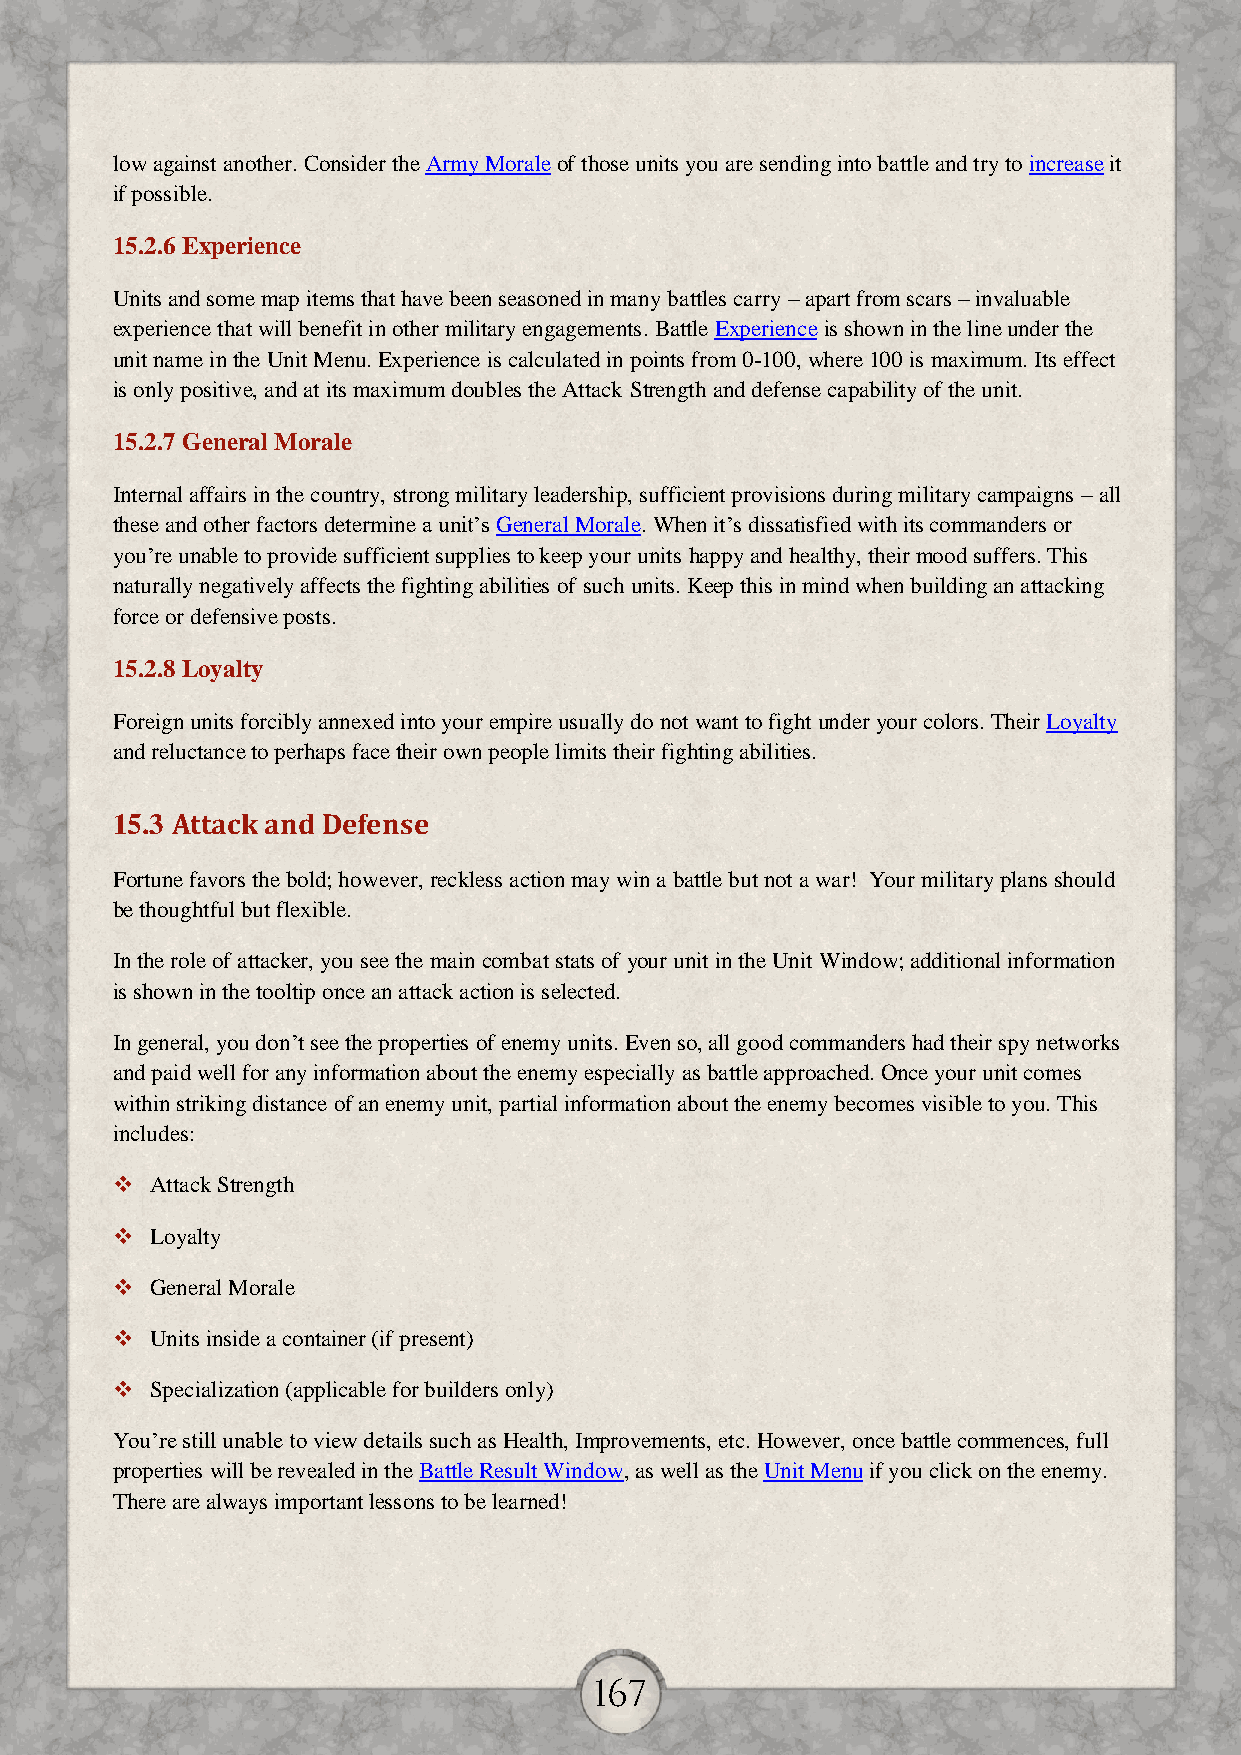
low against another. Consider the Army Morale of those units you are sending into battle and try to increase it
 if possible.
 15.2.6 Experience
 Units and some map items that have been seasoned in many battles carry – apart from scars – invaluable
 experience that will benefit in other military engagements. Battle Experience is shown in the line under the
 unit name in the Unit Menu. Experience is calculated in points from 0-100, where 100 is maximum. Its effect
 is only positive, and at its maximum doubles the Attack Strength and defense capability of the unit.
 15.2.7 General Morale
 Internal affairs in the country, strong military leadership, sufficient provisions during military campaigns – all
 these and other factors determine a unit’s General Morale. When it’s dissatisfied with its commanders or
 you’re unable to provide sufficient supplies to keep your units happy and healthy, their mood suffers. This
 naturally negatively affects the fighting abilities of such units. Keep this in mind when building an attacking
 force or defensive posts.
 15.2.8 Loyalty
 Foreign units forcibly annexed into your empire usually do not want to fight under your colors. Their Loyalty
 and reluctance to perhaps face their own people limits their fighting abilities.
 15.3 Attack and Defense
 Fortune favors the bold; however, reckless action may win a battle but not a war! Your military plans should
 be thoughtful but flexible.
 In the role of attacker, you see the main combat stats of your unit in the Unit Window; additional information
 is shown in the tooltip once an attack action is selected.
 In general, you don’t see the properties of enemy units. Even so, all good commanders had their spy networks
 and paid well for any information about the enemy especially as battle approached. Once your unit comes
 within striking distance of an enemy unit, partial information about the enemy becomes visible to you. This
 includes:
   Attack Strength
   Loyalty
   General Morale
   Units inside a container (if present)
   Specialization (applicable for builders only)
 You’re still unable to view details such as Health, Improvements, etc. However, once battle commences, full
 properties will be revealed in the Battle Result Window, as well as the Unit Menu if you click on the enemy.
 There are always important lessons to be learned!
 167